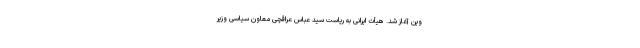
وین آغاز شد. هیأت ایرانی به ریاست سید عباس عراقچی معاون سیاسی وزیر